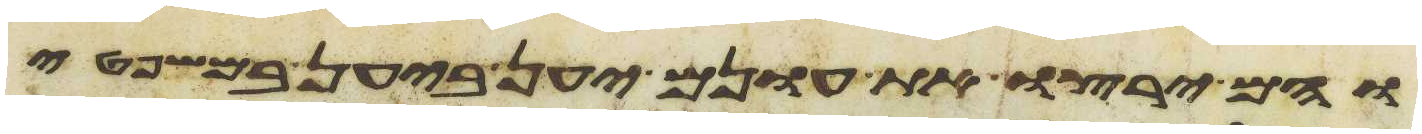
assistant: והם ירצו את עונם יען ביען במשפטי